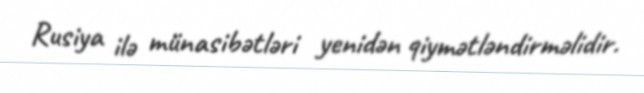
Rusiya ilə münasibətləri yenidən qiymətləndirməlidir.